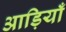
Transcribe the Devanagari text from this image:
आड़ियाँ